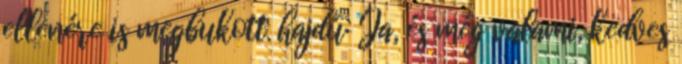
ellenére is megbukott. hajdú: Ja, és még valami, kedves